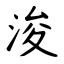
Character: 浚